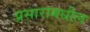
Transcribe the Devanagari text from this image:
प्रसारामधील